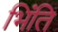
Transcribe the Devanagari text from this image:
भिंति